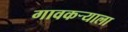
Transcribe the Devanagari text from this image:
गावकर्‍याला